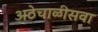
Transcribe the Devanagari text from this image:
अठेचाळीसवा